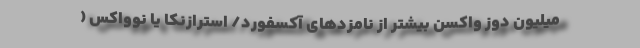
میلیون دوز واکسن بیشتر از نامزدهای آکسفورد/ استرازنکا یا نوواکس (